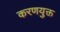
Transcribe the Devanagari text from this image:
करणयुक्त